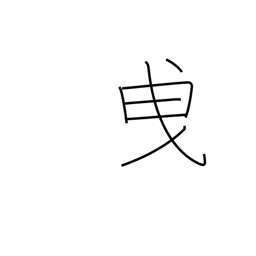
Meaning: tow